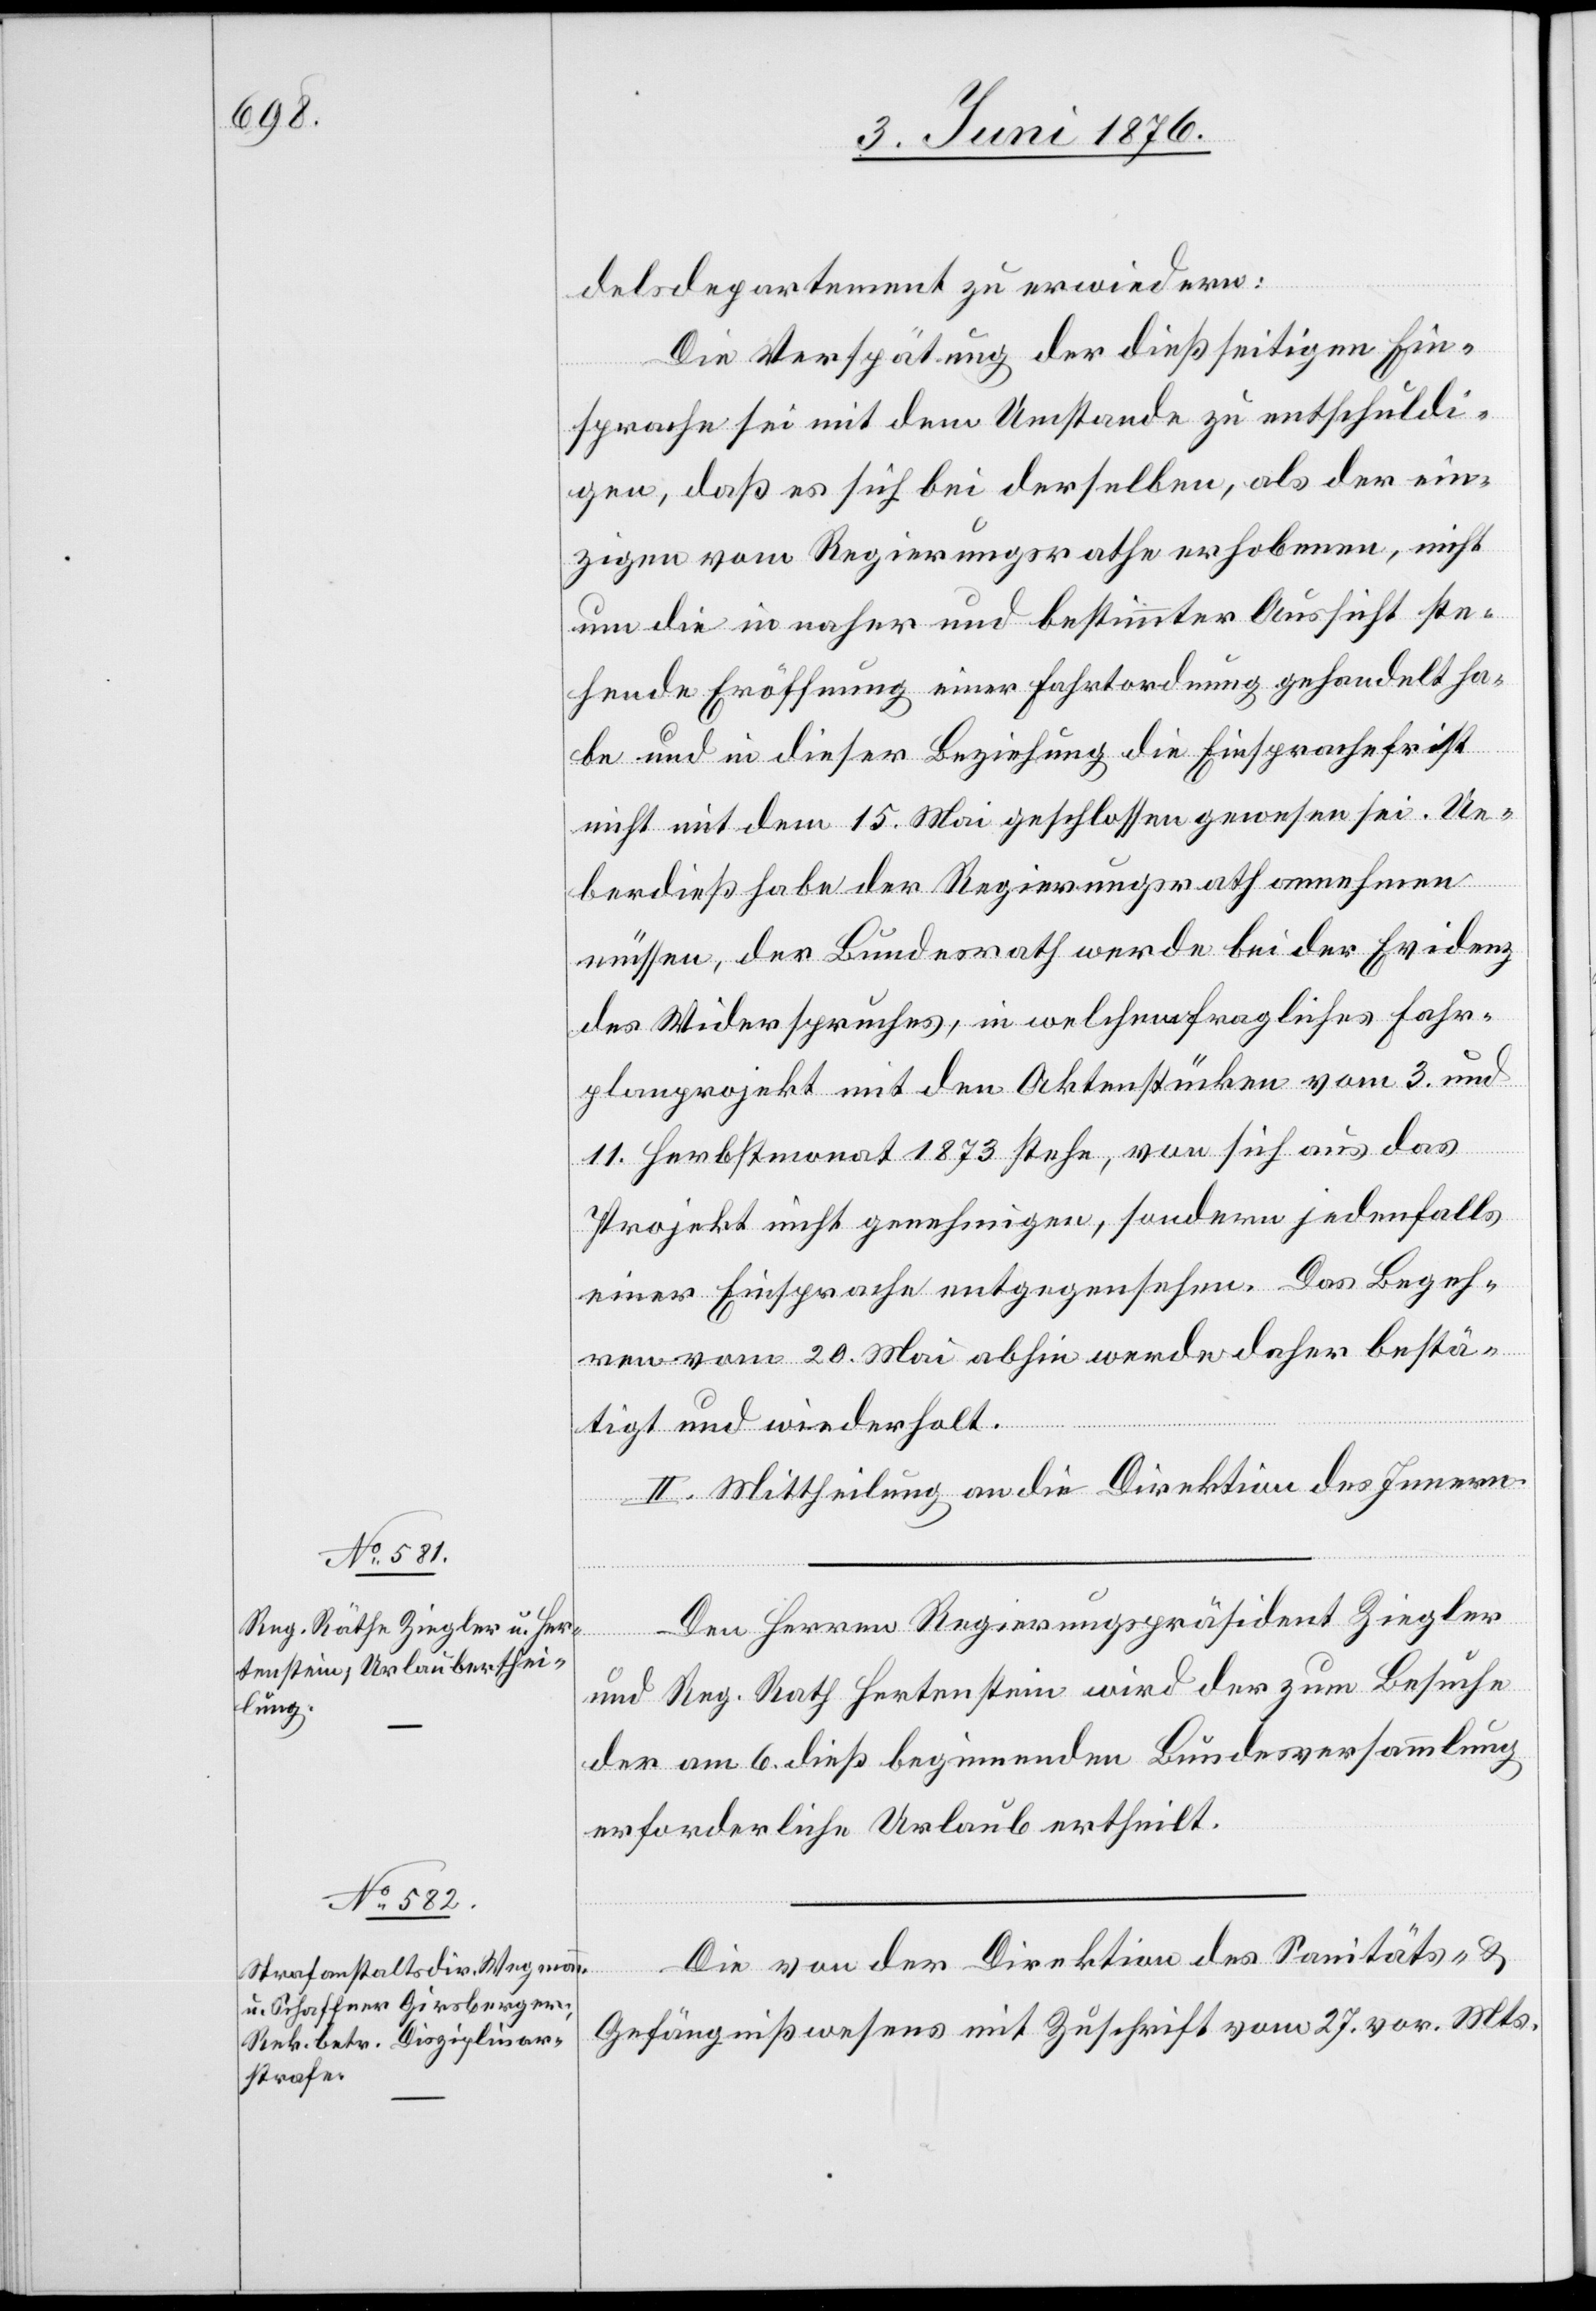
delsdepartement zu erwiedern:
igen, daß es sich bei derselben, als der ein¬
zigen vom Regierungsrathe erhobenen, nicht
um die in naher und bestimmter Aussicht ste¬
hende Eröffnung einer Fahrtordnung gehandelt ha¬
be und in dieser Beziehung die Einsprachefrist
nicht mit dem 15. Mai geschlossen gewesen sei. Ue¬
berdieß habe der Regierungsrath annehmen
müssen, der Bundesrath werde bei der Evidenz
des Widerspruches, in welchem fragliches Fahr¬
planprojekt mit den Aktenstücken vom 3. und
11. Herbstmonat 1873 stehe, von sich aus das
Projekt nicht genehmigen, sondern jedenfalls
einer Einsprache entgegenstehen. Das Begeh¬
ren vom 20 Mai abhin werde daher bestä¬
entschuld¬
tigt und wiederholt.
II. Mittheilung an die Direktion des Innern.
Den Herren Regierungspräsident Ziegler
und Reg. Rath Hertenstein wird der zum Besuche
der am 6. dieß beginnenden Bundesversammlung
erforderliche Urlaub ertheilt.
Die von der Direktion des Sanitäts- &
Gefängnißwesens mit Zuschrift vom 27. vor. Mts.